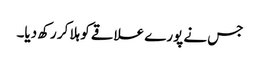
جس نے پورے علاقے کو ہلا کر رکھ دیا۔